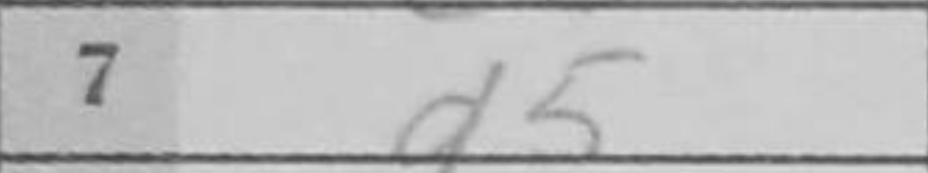
Transcription: d5